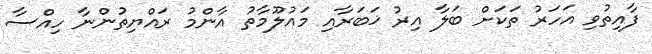
ފާއިތުވި އަހަރު ތަކަށް ބަލާ އިރު ޚަބަރާއި މައުލޫމާތު އާންމު ރައްޔިތުންނާ ހިއްސާ